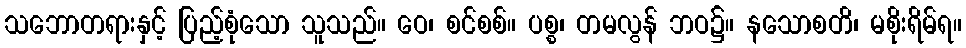
သဘောတရားနှင့် ပြည့်စုံသော သူသည်။ ဝေ၊ စင်စစ်။ ပစ္စ၊ တမလွန် ဘဝ၌။ နသောစတိ၊ မစိုးရိမ်ရ။